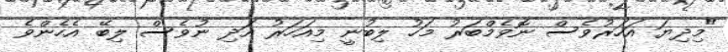
"މިދިޔަ އަހަރުވެސް ނޮވެމްބަރު މަހު ލިބުނީ މިއަހަރު އަދި ނުވެސް ލިބޭ އެހެންވެ